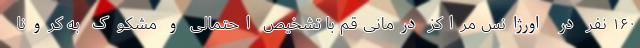
۱۶۰ نفر در اورژانس مراکز درمانی قم با تشخیص احتمالی و مشکوک به کرونا